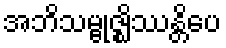
အဘိသမ္ဗုဇ္ဈိဿန္တိပေ